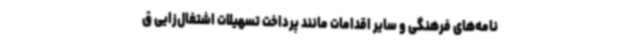
نامه‌های فرهنگی و سایر اقدامات مانند پرداخت تسهیلات اشتغال‌زایی ق